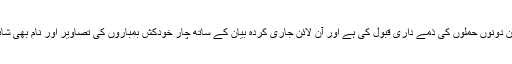
داعش نے ان دونوں حملوں کی ذمے داری قبول کی ہے اور آن لائن جاری کردہ بیان کے ساتھ چار خودکش بمباروں کی تصاویر اور نام بھی شائع کیے ہیں۔